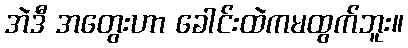
အဲဒီ အတွေးဟာ ခေါင်းထဲကမထွက်ဘူး။